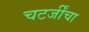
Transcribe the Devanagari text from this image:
चटर्जींचा